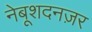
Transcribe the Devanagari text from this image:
नेबूशदनज़र